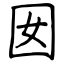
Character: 囡